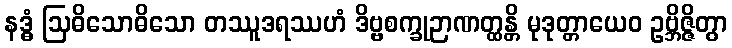
နဒ္ဓံ ဩဓိသောဓိသော တဿူဒရဿဟံ ဒိဗ္ဗစက္ခုဉာဏတ္ထန္တိ မုဒုတ္တာယေဝ ဥဗ္ဘိဇ္ဇိတွာ